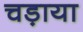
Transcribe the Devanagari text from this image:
चड़ाया